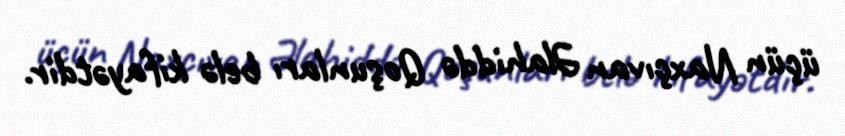
üçün Naxçıvan Əlahiddə Qoşunları belə kifayətdir.